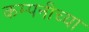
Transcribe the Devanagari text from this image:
कम्पनीच्या